Annual returns of the Patna Lunatic Asylum at Bankipore in Bihar and Orissa - 1912-1924
Year: 1912
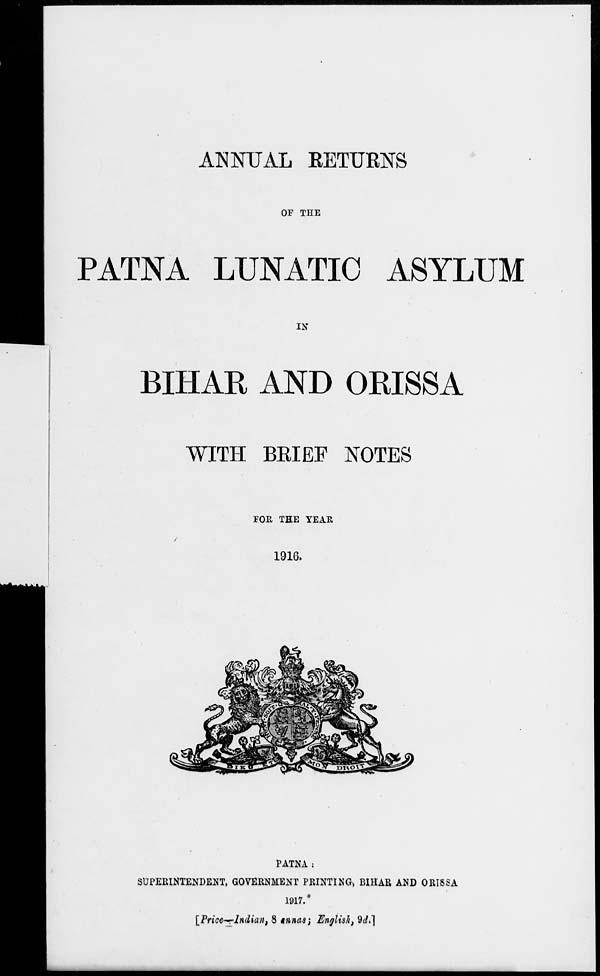
ANNUAL RETURNS
OF THE
PATNA LUNATIC ASYLUM
IN
BIHAR AND ORISSA
WITH BRIEF NOTES
FOR THE YEAR
1916.
PATNA :
SUPERINTENDENT, GOVERNMENT PRINTING, BIHAR AND ORISSA
1917.
[Price—Indian, 8 annas; English, 9d.]